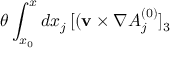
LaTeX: \theta \int _ { x _ { 0 } } ^ { x } d x _ { j } \, [ ( { \bf v } \times \nabla A _ { j } ^ { ( 0 ) } ] _ { 3 }